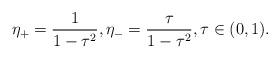
LaTeX: \begin{align*} \eta_{+}=\frac{1}{1-\tau^2}, \eta_{-}=\frac{\tau}{1-\tau^2}, \tau\in (0,1). \end{align*}